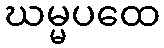
ဃမ္မပထေ